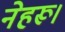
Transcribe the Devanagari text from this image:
नेहरू।